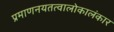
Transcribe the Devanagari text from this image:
प्रमाणनयतत्वालोकालंकार